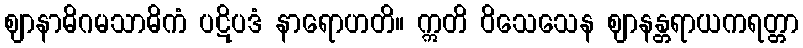
ဈာနာဓိဂမသာဓိကံ ပဋိပဒံ နာရောဟတိ။ ဣတိ ဝိသေသေန ဈာနန္တရာယကရတ္တာ